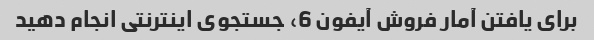
برای یافتن آمار فروش آیفون 6، جستجوی اینترنتی انجام دهید